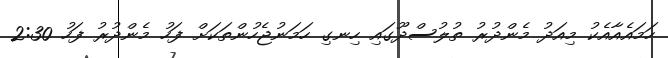
ހަމައެއާއެކު މިއަދު މެންދުރު ތުލުސްދޫގައި ހިނގި ހަމަނުޖެހުންތަކަށް ފަހު މެންދުރު ފަހު 2:30